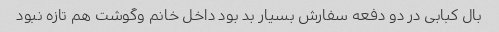
بال کبابی در دو دفعه سفارش بسیار بد بود داخل خانم وگوشت هم تازه نبود